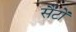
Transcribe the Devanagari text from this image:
सैंटों